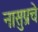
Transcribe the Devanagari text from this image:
नासुप्रचे